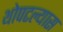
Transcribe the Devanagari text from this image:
थोपटल्यास